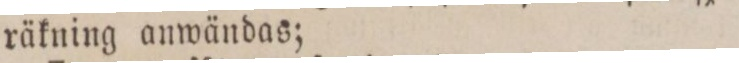
räkning anwändas;